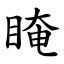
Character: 䁆